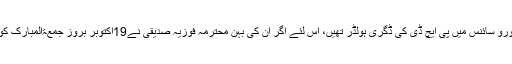
محترمہ ڈاکٹر عافیہ صدیقی قرآن پاک کی حافظہ ، عالمہ اور نیورو سائنس میں پی ایچ ڈی کی ڈگری ہولڈر تھیں، اس لئے اگر ان کی بہن محترمہ فوزیہ صدیقی نے19اکتوبر بروز جمعۃالمبارک کو ڈاکٹر عافیہ صدیقی کی رہائی کیلئے یوم دعاء کی اپیل کی ہے۔